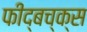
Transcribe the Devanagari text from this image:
फीद्बच्क्स